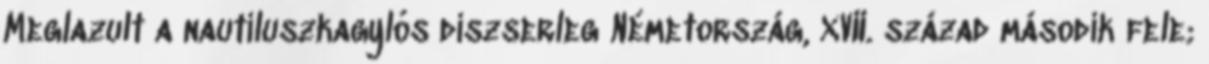
Meglazult a nautiluszkagylós díszserleg Németország, XVII. század második fele;